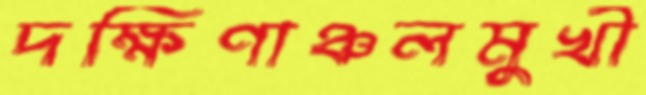
দক্ষিণাঞ্চলমুখী